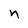
Character: n